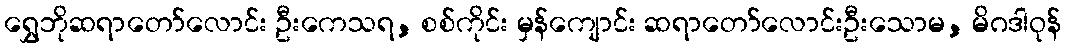
ရွှေဘိုဆရာတော်လောင်း ဦးကေသရ, စစ်ကိုင်း မှန်ကျောင်း ဆရာတော်လောင်းဦးသောမ, မိဂဒါဝုန်